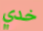
خدي